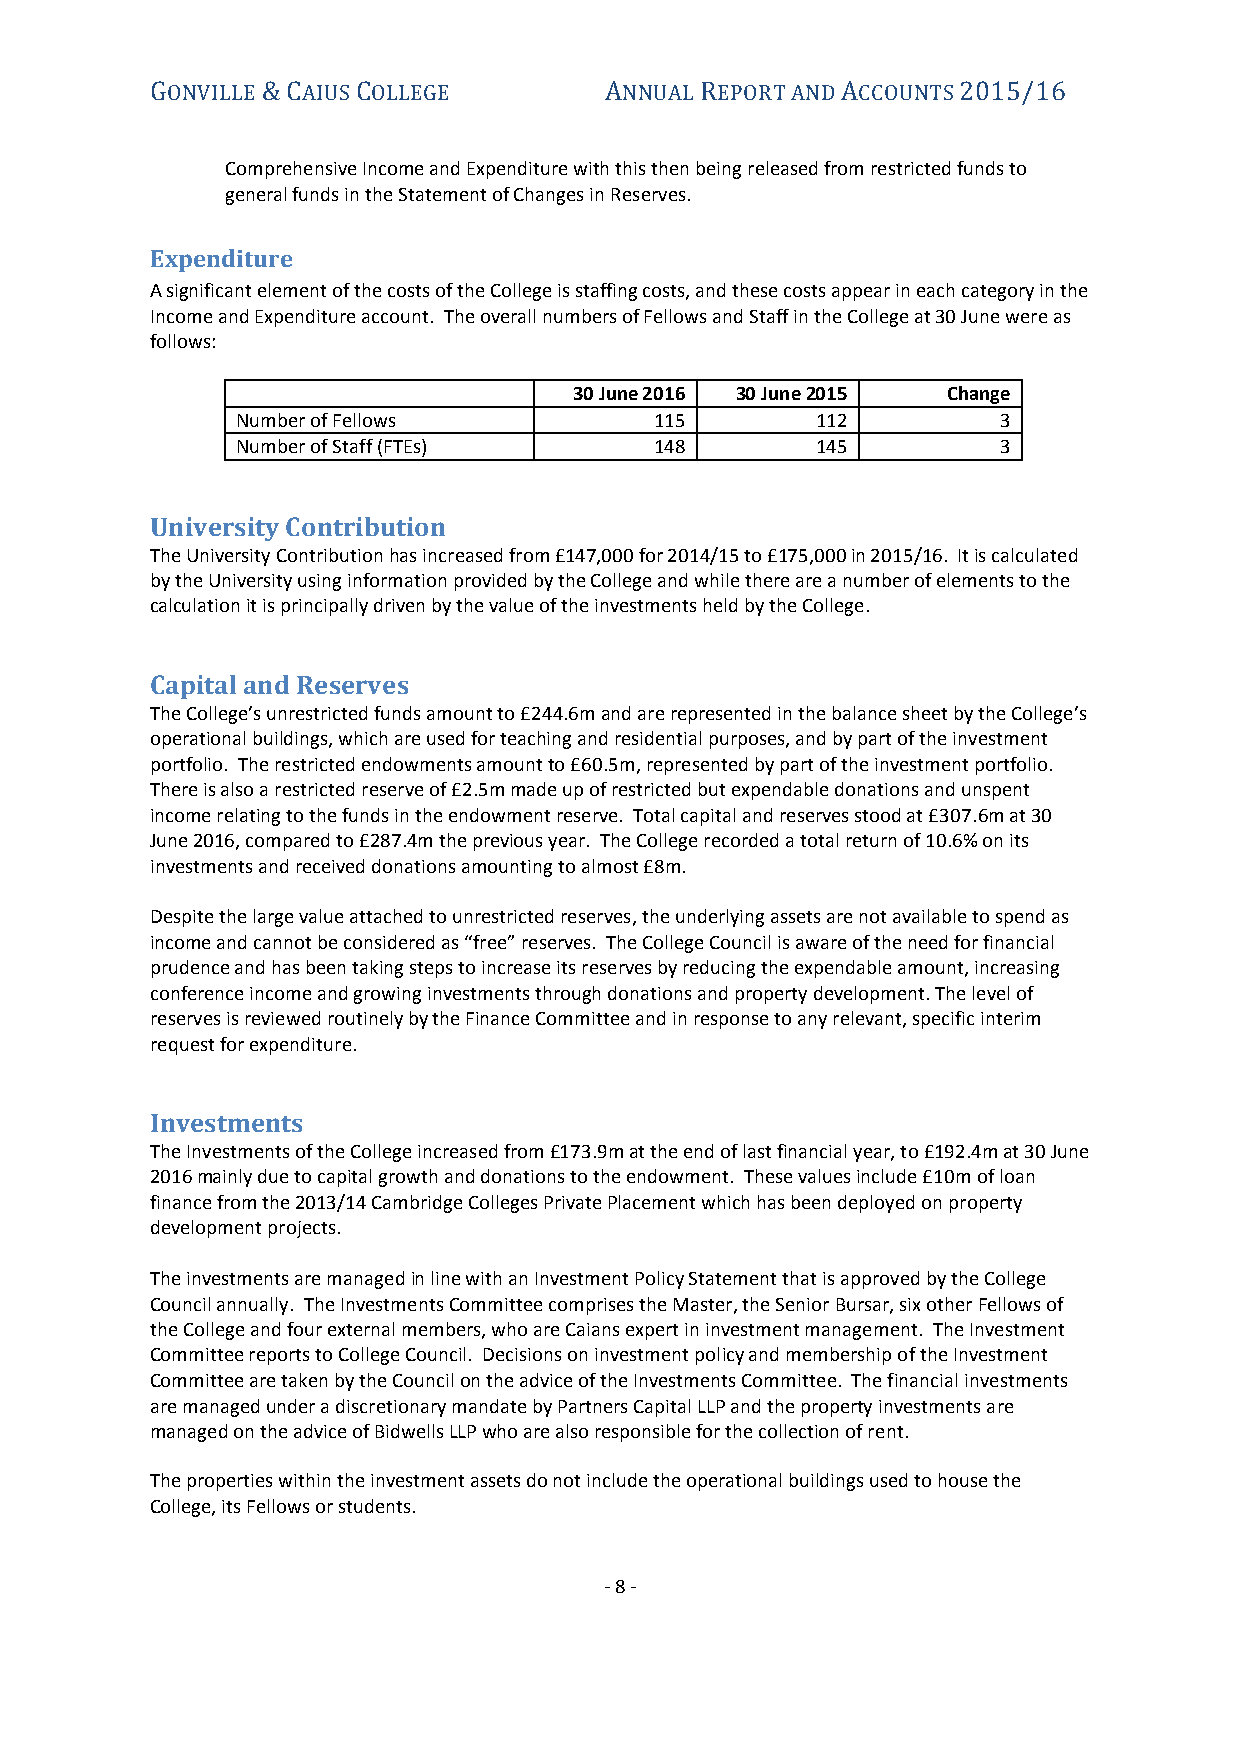
GONVILLE & CAIUS COLLEGE      ANNUAL REPORT AND ACCOUNTS 2015/16
 Comprehensive Income and Expenditure with this then being released from restricted funds to
 general funds in the Statement of Changes in Reserves.
 Expenditure
 A significant element of the costs of the College is staffing costs, and these costs appear in each category in the
 Income and Expenditure account. The overall numbers of Fellows and Staff in the College at 30 June were as
 follows:
 30 June 2016 30 June 2015 Change
 Number of Fellows          115        112         3
 Number of Staff (FTEs)     148        145         3
 University Contribution
 The University Contribution has increased from £147,000 for 2014/15 to £175,000 in 2015/16. It is calculated
 by the University using information provided by the College and while there are a number of elements to the
 calculation it is principally driven by the value of the investments held by the College.
 Capital and Reserves
 The College’s unrestricted funds amount to £244.6m and are represented in the balance sheet by the College’s
 operational buildings, which are used for teaching and residential purposes, and by part of the investment
 portfolio. The restricted endowments amount to £60.5m, represented by part of the investment portfolio.
 There is also a restricted reserve of £2.5m made up of restricted but expendable donations and unspent
 income relating to the funds in the endowment reserve. Total capital and reserves stood at £307.6m at 30
 June 2016, compared to £287.4m the previous year. The College recorded a total return of 10.6% on its
 investments and received donations amounting to almost £8m.
 Despite the large value attached to unrestricted reserves, the underlying assets are not available to spend as
 income and cannot be considered as “free” reserves. The College Council is aware of the need for financial
 prudence and has been taking steps to increase its reserves by reducing the expendable amount, increasing
 conference income and growing investments through donations and property development. The level of
 reserves is reviewed routinely by the Finance Committee and in response to any relevant, specific interim
 request for expenditure.
 Investments
 The Investments of the College increased from £173.9m at the end of last financial year, to £192.4m at 30 June
 2016 mainly due to capital growth and donations to the endowment. These values include £10m of loan
 finance from the 2013/14 Cambridge Colleges Private Placement which has been deployed on property
 development projects.
 The investments are managed in line with an Investment Policy Statement that is approved by the College
 Council annually. The Investments Committee comprises the Master, the Senior Bursar, six other Fellows of
 the College and four external members, who are Caians expert in investment management. The Investment
 Committee reports to College Council. Decisions on investment policy and membership of the Investment
 Committee are taken by the Council on the advice of the Investments Committee. The financial investments
 are managed under a discretionary mandate by Partners Capital LLP and the property investments are
 managed on the advice of Bidwells LLP who are also responsible for the collection of rent.
 The properties within the investment assets do not include the operational buildings used to house the
 College, its Fellows or students.
 - 8 -